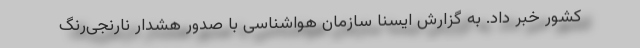
کشور خبر داد. به گزارش ایسنا سازمان هواشناسی با صدور هشدار نارنجی‌رنگ